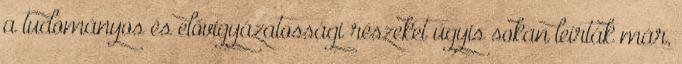
a tudományos és elővigyázatossági részeket úgyis sokan leírták már,